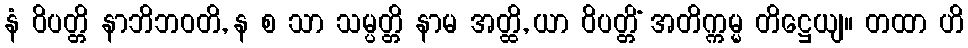
နံ ဝိပတ္တိ နာဘိဘဝတိ, န စ သာ သမ္ပတ္တိ နာမ အတ္ထိ, ယာ ဝိပတ္တိံ အတိက္ကမ္မ တိဋ္ဌေယျ။ တထာ ဟိ